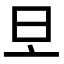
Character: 𣅂